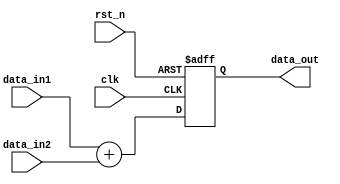
//////////////////////////////////////////////////////////////////////////////////
// Company:        SJTU
// Design Name:    
// Module Name:    add4, add10 
// Project Name:   SoC Project
// Target Devices: VC709
// Tool versions:  vivado 2018.3
// Description: 
//
// Dependencies:   add4 for 1 pipeline, add10 for 2 pipeline
//
// Revision: 
// Revision 0.01 - File Created
// Additional Comments: 
//////////////////////////////////////////////////////////////////////////////////


module add2 #(
    parameter input_len     = 16
    ) (
    input   wire                        clk,
    input   wire                        rst_n,
    input   wire    [input_len  -1:0]   data_in1,   // input1
    input   wire    [input_len  -1:0]   data_in2,   // input2
    output  wire    [input_len    :0]   data_out
    );

    ///////////////////////////////////////////////////////////////////////////
    // internal signal definition
    ///////////////////////////////////////////////////////////////////////////

    wire signed     [input_len  -1:0]   data_in1_internal;
    wire signed     [input_len  -1:0]   data_in2_internal;
    reg  signed     [input_len    :0]   data_out_internal;

    ///////////////////////////////////////////////////////////////////////////
    // input
    ///////////////////////////////////////////////////////////////////////////
    assign data_in1_internal = data_in1;
    assign data_in2_internal = data_in2;
    ///////////////////////////////////////////////////////////////////////////
    // function
    ///////////////////////////////////////////////////////////////////////////
    always @(posedge clk or negedge rst_n)
    begin
        if(!rst_n)
            data_out_internal <= {1'b0, {input_len{1'b0}}};
        else
            data_out_internal <= data_in1_internal + data_in2_internal;
    end
    // output
    assign data_out = data_out_internal;
endmodule



module add4 #(
    parameter input_len     = 16
    ) (
    input   wire                        clk,
    input   wire                        rst_n,
    input   wire    [input_len  -1:0]   data_in1,   // input1
    input   wire    [input_len  -1:0]   data_in2,   // input2
    input   wire    [input_len  -1:0]   data_in3,   // input3
    input   wire    [input_len  -1:0]   data_in4,   // input4
    output  wire    [input_len  +1:0]   data_out
    );

    ///////////////////////////////////////////////////////////////////////////
    // internal signal definition
    ///////////////////////////////////////////////////////////////////////////

    wire signed     [input_len  -1:0]   data_in1_internal;
    wire signed     [input_len  -1:0]   data_in2_internal;
    wire signed     [input_len  -1:0]   data_in3_internal;
    wire signed     [input_len  -1:0]   data_in4_internal;
    wire signed     [input_len    :0]   data_io1_internal;
    wire signed     [input_len    :0]   data_io2_internal;
    reg  signed     [input_len  +1:0]   data_out_internal;

    ///////////////////////////////////////////////////////////////////////////
    // input
    ///////////////////////////////////////////////////////////////////////////
    assign data_in1_internal = data_in1;
    assign data_in2_internal = data_in2;
    assign data_in3_internal = data_in3;
    assign data_in4_internal = data_in4;
    assign data_io1_internal = data_in1_internal + data_in2_internal;
    assign data_io2_internal = data_in3_internal + data_in4_internal;
    // assign data_out_internal = data_io1_internal + data_io2_internal;

    ///////////////////////////////////////////////////////////////////////////
    // function
    ///////////////////////////////////////////////////////////////////////////
    always @(posedge clk or negedge rst_n)
    begin
        if(!rst_n)
            data_out_internal <= {2'b0, {input_len{1'b0}}};
        else
            data_out_internal <= data_io1_internal + data_io2_internal;
    end

    // output
    assign data_out = data_out_internal;
endmodule

module add9 #(
    parameter input_len     = 16
    ) (
    input  wire                             clk,
    input  wire                             rst_n,
    input  wire [input_len * 9 - 1 : 0]     data_in,   // input1
    output wire [input_len + 4 - 1 : 0]     data_out
    );

    ///////////////////////////////////////////////////////////////////////////
    // internal signal definition
    ///////////////////////////////////////////////////////////////////////////

    wire signed     [input_len - 1 : 0]   data_in_internal[9 - 1 : 0];
    wire signed     [input_len + 1 : 0]   data_io0_internal;
    wire signed     [input_len + 1 : 0]   data_io1_internal;

    reg  signed     [input_len - 1 : 0]   data_in_internal8;

    reg  signed     [input_len + 3 : 0]   data_out_internal;
    genvar i;

    ///////////////////////////////////////////////////////////////////////////
    // input
    ///////////////////////////////////////////////////////////////////////////

    generate
    for(i=0; i<9; i=i+1)
    begin
        assign data_in_internal[i] = data_in[input_len * i + input_len - 1: input_len * i];
    end
    endgenerate

    always @(posedge clk or negedge rst_n)
    begin
        if(!rst_n)
            data_in_internal8 <= 0;
        else
            data_in_internal8 <= data_in_internal[8];
    end

    ///////////////////////////////////////////////////////////////////////////
    // add
    ///////////////////////////////////////////////////////////////////////////
    add4 #(
        .input_len     (input_len)
        ) addtree0 (
        .clk           (clk),
        .rst_n         (rst_n),
        .data_in1      (data_in_internal[0]),
        .data_in2      (data_in_internal[1]),
        .data_in3      (data_in_internal[2]),
        .data_in4      (data_in_internal[3]),
        .data_out      (data_io0_internal)
    );

    add4 #(
        .input_len     (input_len)
        ) addtree1 (
        .clk           (clk),
        .rst_n         (rst_n),
        .data_in1      (data_in_internal[4]),
        .data_in2      (data_in_internal[5]),
        .data_in3      (data_in_internal[6]),
        .data_in4      (data_in_internal[7]),
        .data_out      (data_io1_internal)
    );

    always @(posedge clk or negedge rst_n)
    begin
        if(!rst_n)
            data_out_internal <= {(input_len+4){1'b0}};
        else
            data_out_internal <= (data_io0_internal + data_io1_internal) + data_in_internal8;
    end

    // output
    assign data_out = data_out_internal;

    ///////////////////////////////////////////////////////////////////////////
    //
    ///////////////////////////////////////////////////////////////////////////

endmodule

module add10 #(
    parameter input_len     = 16
    ) (
    input  wire                             clk,
    input  wire                             rst_n,
    input  wire [input_len * 10 - 1 : 0]    data_in,   // input1
    output wire [input_len + 4 - 1 : 0]     data_out
    );

    ///////////////////////////////////////////////////////////////////////////
    // internal signal definition
    ///////////////////////////////////////////////////////////////////////////

    wire signed     [input_len - 1 : 0]   data_in_internal[10 - 1 : 0];
    wire signed     [input_len + 1 : 0]   data_io0_internal;
    wire signed     [input_len + 1 : 0]   data_io1_internal;

    reg  signed     [input_len - 1 : 0]   data_in_internal8;
    reg  signed     [input_len - 1 : 0]   data_in_internal9;

    reg  signed     [input_len + 3 : 0]   data_out_internal;
    genvar i;

    ///////////////////////////////////////////////////////////////////////////
    // input
    ///////////////////////////////////////////////////////////////////////////

    generate
    for(i=0; i<10; i=i+1)
    begin
        assign data_in_internal[i] = data_in[input_len * i + input_len - 1: input_len * i];
    end
    endgenerate

    always @(posedge clk or negedge rst_n)
    begin
        if(!rst_n)
            data_in_internal8 <= 0;
        else
            data_in_internal8 <= data_in_internal[8];
    end

    always @(posedge clk or negedge rst_n)
    begin
        if(!rst_n)
            data_in_internal9 <= 0;
        else
            data_in_internal9 <= data_in_internal[9];
    end

    ///////////////////////////////////////////////////////////////////////////
    // add
    ///////////////////////////////////////////////////////////////////////////
    add4 #(
        .input_len     (input_len)
        ) addtree0 (
        .clk           (clk),
        .rst_n         (rst_n),
        .data_in1      (data_in_internal[0]),
        .data_in2      (data_in_internal[1]),
        .data_in3      (data_in_internal[2]),
        .data_in4      (data_in_internal[3]),
        .data_out      (data_io0_internal)
    );

    add4 #(
        .input_len     (input_len)
        ) addtree1 (
        .clk           (clk),
        .rst_n         (rst_n),
        .data_in1      (data_in_internal[4]),
        .data_in2      (data_in_internal[5]),
        .data_in3      (data_in_internal[6]),
        .data_in4      (data_in_internal[7]),
        .data_out      (data_io1_internal)
    );

    always @(posedge clk or negedge rst_n)
    begin
        if(!rst_n)
            data_out_internal <= 0;
        else
            data_out_internal <= (data_io0_internal + data_io1_internal) + (data_in_internal8 + data_in_internal9);
    end

    // output
    assign data_out = data_out_internal;

    ///////////////////////////////////////////////////////////////////////////
    //
    ///////////////////////////////////////////////////////////////////////////

endmodule